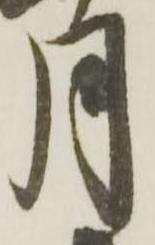
月